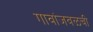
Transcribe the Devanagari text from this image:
गावांजवळची